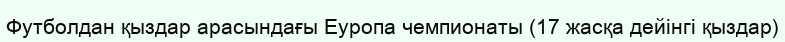
Футболдан қыздар арасындағы Еуропа чемпионаты (17 жасқа дейінгі қыздар)